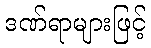
ဒဏ်ရာများဖြင့်